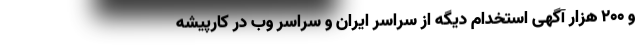
و 200 هزار آگهی استخدام دیگه از سراسر ایران و سراسر وب در کارپیشه